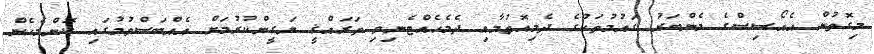
މިގޮތުން އެއޯސިސްގެ މެންބަރު ގައުމުތަކުގެ ދެމިއޮތުމާއި ދެމެހެއްޓެނިވި ތަރައްޤީ ޔަގީންކުރުމަށް އެއްބަސްވުމުގައި ކޮންމެހެން